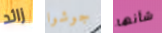
زائد جوشوا شأنها